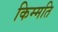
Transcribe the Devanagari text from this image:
किम्मति